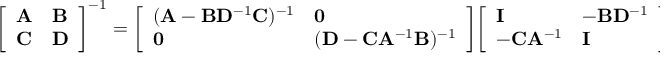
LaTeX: { \left[ \begin{array} { l l } { \mathbf { A } } & { \mathbf { B } } \\ { \mathbf { C } } & { \mathbf { D } } \end{array} \right] } ^ { - 1 } = { \left[ \begin{array} { l l } { ( \mathbf { A } - \mathbf { B } \mathbf { D } ^ { - 1 } \mathbf { C } ) ^ { - 1 } } & { \mathbf { 0 } } \\ { \mathbf { 0 } } & { ( \mathbf { D } - \mathbf { C } \mathbf { A } ^ { - 1 } \mathbf { B } ) ^ { - 1 } } \end{array} \right] } { \left[ \begin{array} { l l } { \mathbf { I } } & { - \mathbf { B } \mathbf { D } ^ { - 1 } } \\ { - \mathbf { C } \mathbf { A } ^ { - 1 } } & { \mathbf { I } } \end{array} \right] } .